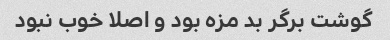
گوشت برگر بد مزه بود و اصلا خوب نبود